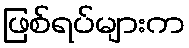
ဖြစ်ရပ်များက